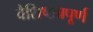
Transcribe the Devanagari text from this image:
वैशिष्ठ्यपूर्ण